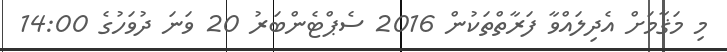
މި މަޤާމަށް އެދިލައްވާ ފަރާތްތަކުން 2016 ސެޕްޓެންބަރު 20 ވަނަ ދުވަހުގެ 14:00